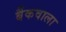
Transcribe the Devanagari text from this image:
बैंकवाला